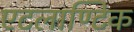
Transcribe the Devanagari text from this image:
एटलाण्टिक